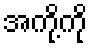
အကို့ကို